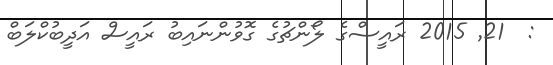
:  21